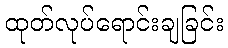
ထုတ်လုပ်ရောင်းချခြင်း